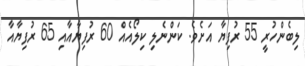
ލިބެންހުރީ 55 ރުފިޔާ އަށެވެ. ކަންނެލި ކިލޯއެއް 60 ރުފިޔާއާއި 65 ރުފިޔާއާ